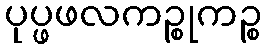
ပုပ္ဖဖလကဉ္စုကဉ္စ